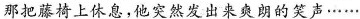
那把椅上体息，他突然发出来爽朗的笑声……